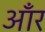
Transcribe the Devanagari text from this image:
आँर